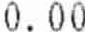
0.00